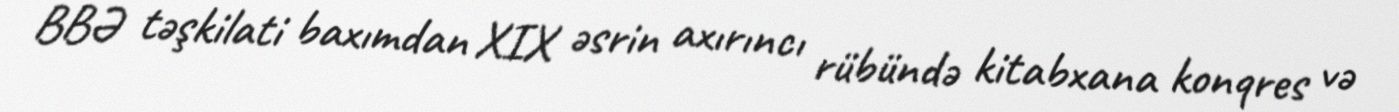
BBƏ təşkilati baxımdan XIX əsrin axırıncı rübündə kitabxana konqres və